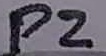
Text: P2